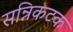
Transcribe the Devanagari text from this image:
सन्निकटक